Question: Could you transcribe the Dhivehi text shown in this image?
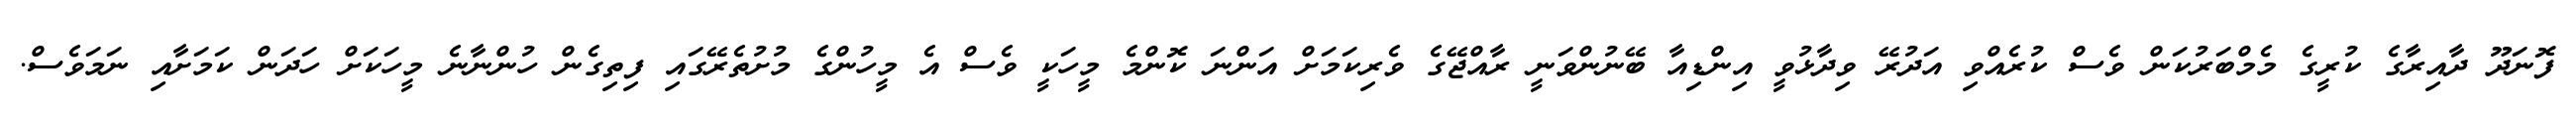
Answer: ފޮނަދޫ ދާއިރާގެ ކުރީގެ މެމްބަރުކަން ވެސް ކުރެއްވި އަދުރޭ ވިދާޅުވީ އިންޑިއާ ބޭނުންވަނީ ރާއްޖޭގެ ވެރިކަމަށް އަންނަ ކޮންމެ މީހަކީ ވެސް އެ މީހުންގެ މުށުތެރޭގައި ފިތިގެން ހުންނާނެ މީހަކަށް ހަދަން ކަމަށާއި ނަމަވެސް.